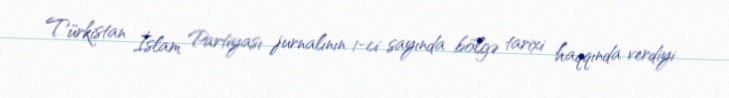
Türkistan İslam Partiyası jurnalının 1-ci sayında bölgə tarixi haqqında verdiyi